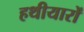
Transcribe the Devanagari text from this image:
हथीयारों